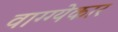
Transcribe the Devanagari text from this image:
वाग्ग्येकार